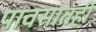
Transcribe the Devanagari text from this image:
पावसातही